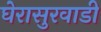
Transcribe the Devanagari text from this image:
घेरासुरवाडी